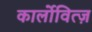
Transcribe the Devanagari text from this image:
कार्लोवित्ज़